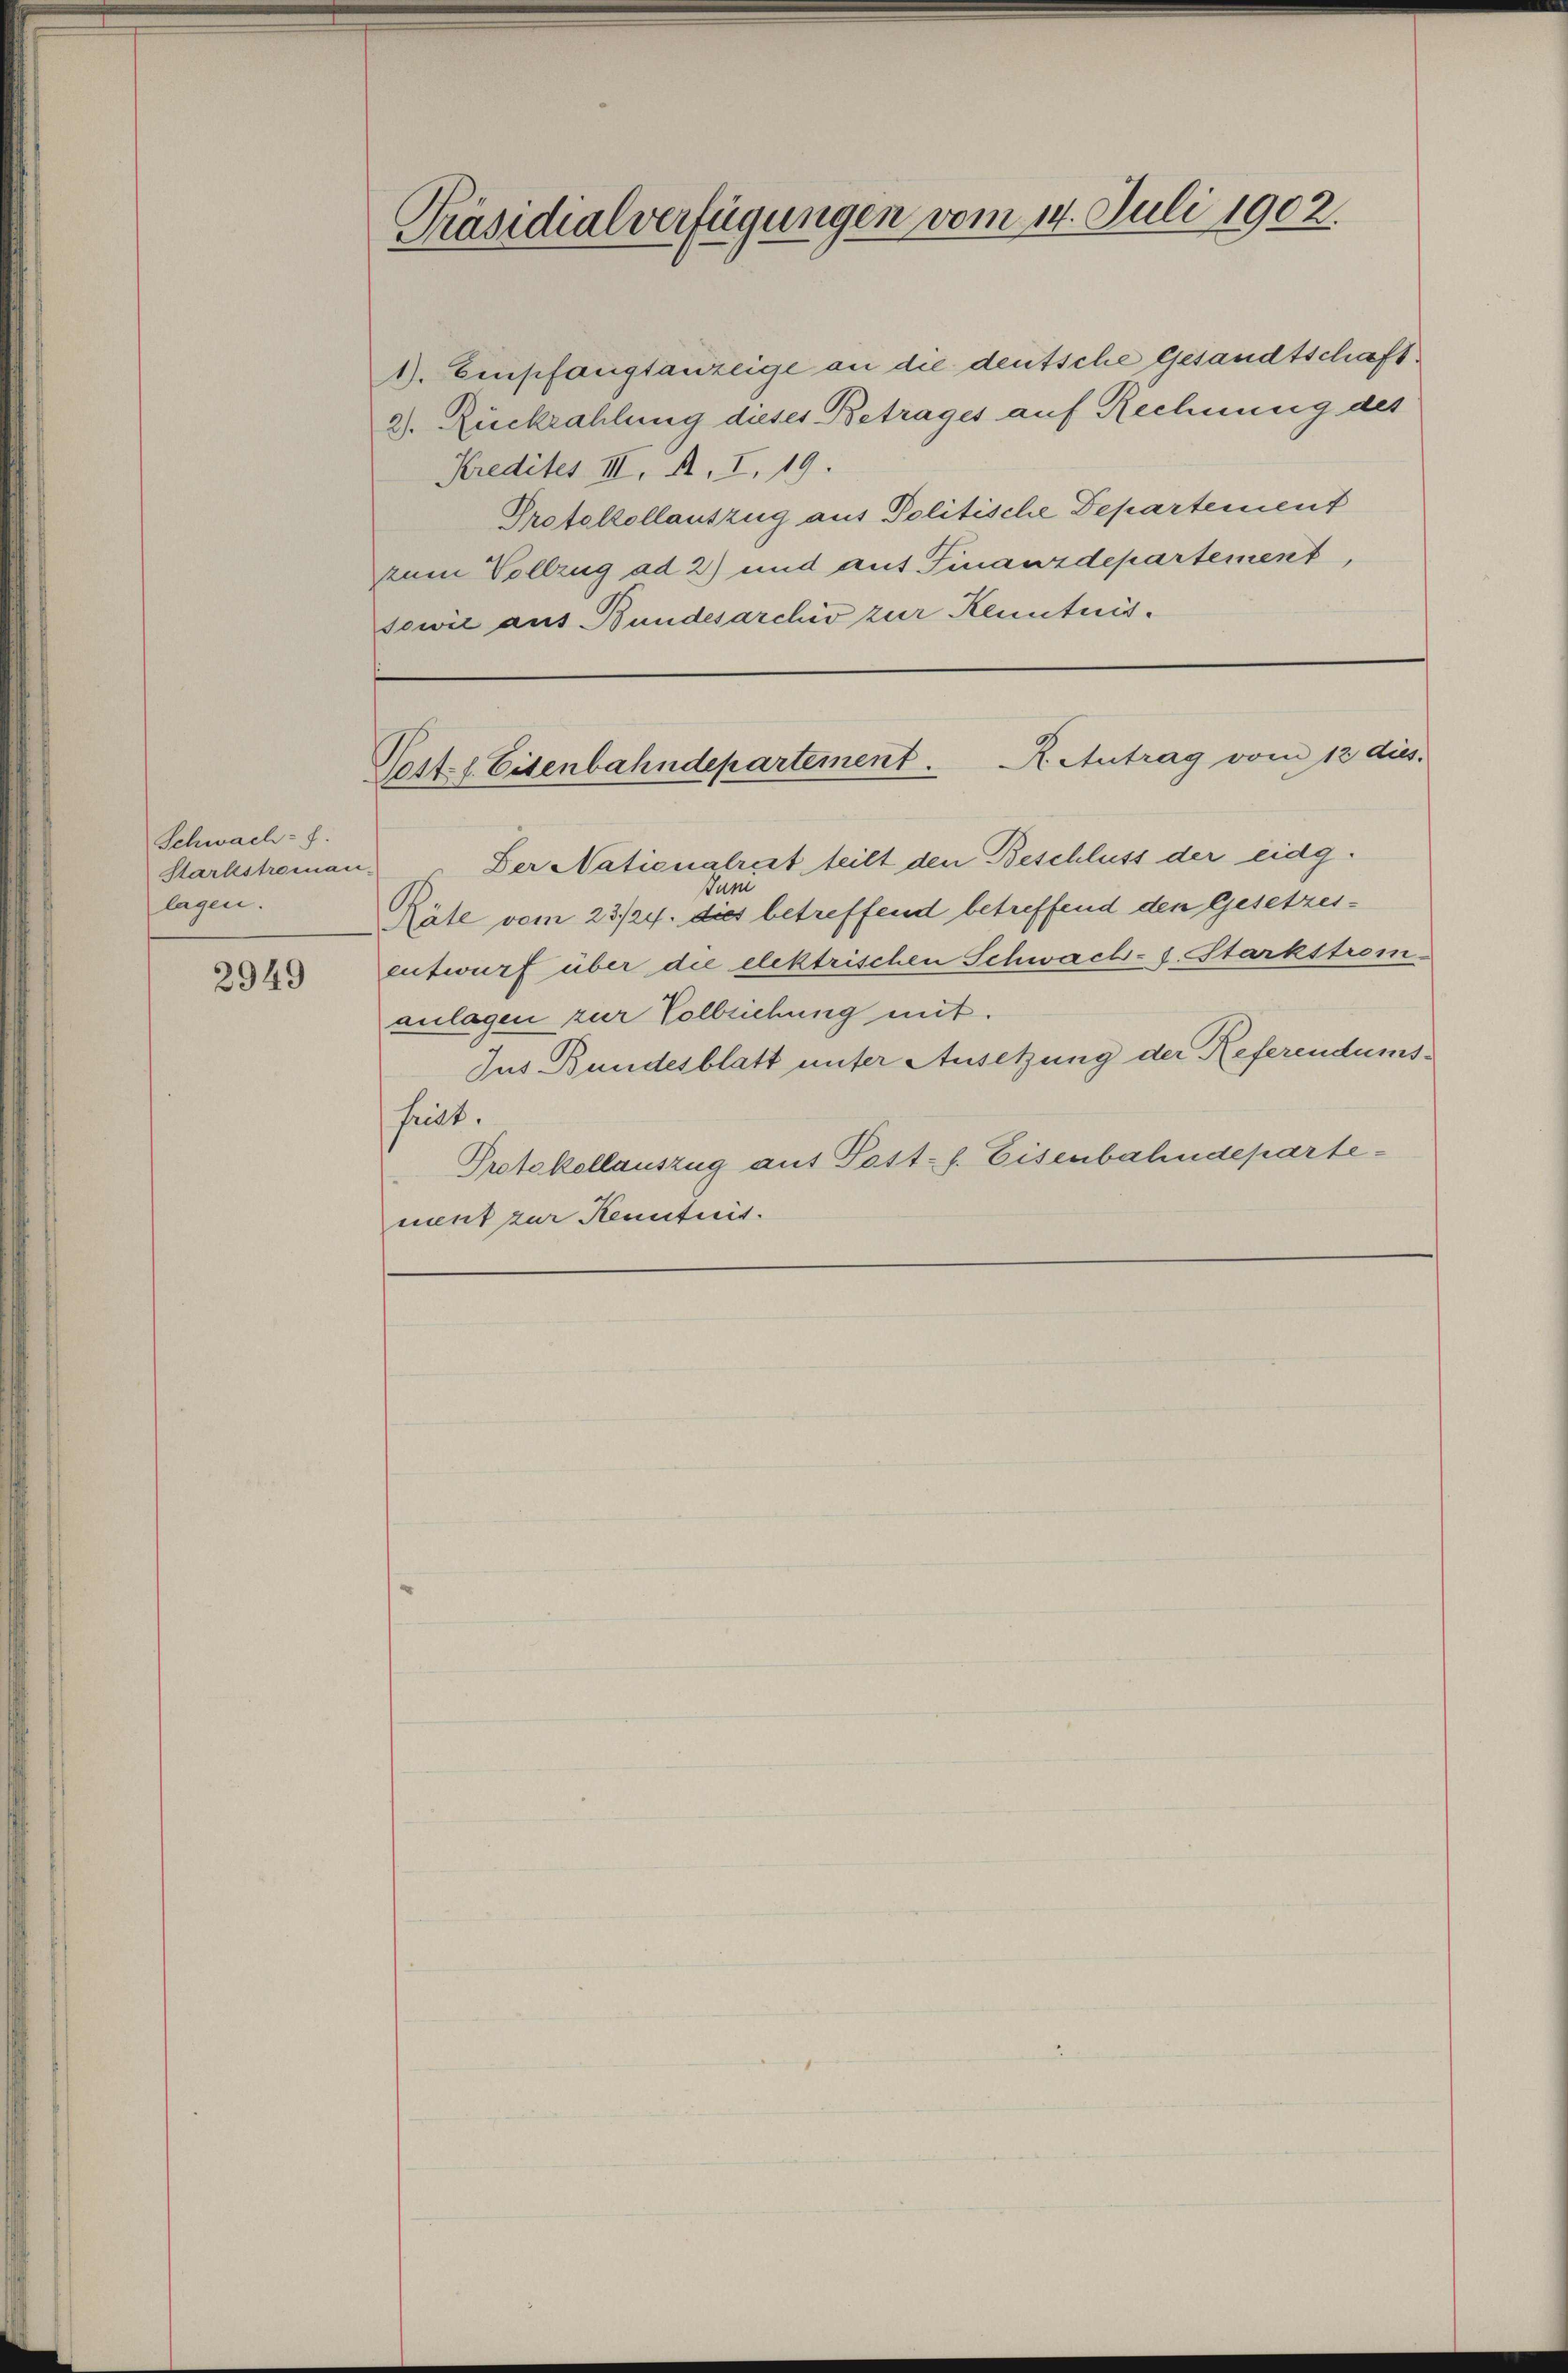
Schwach- f.
Starkstroman
lagen.

2949

Präsidialverfügungen vom 14. Juli 1902.

1). Einpfangsanzeige an die deutsche Gesandtschaft.
2. Rückzahlung dieses Betrages auf Rechnung des
Kredites III. A. I. 19.
Protokollantzug aus Politische Departement
zum Vollzug ad 2) und auf Finanzdepartement,
sowie aus Bundesarchiv zur Kenntnis.

Der Nationalrest teilt den Beschluss der eidg.
Sum
Räte vom 23/24. dies betreffend betreffend den Gesetzesentwurf über die elektrischen Schwach-s. Starkstrom-
zulagen zur Vollziehung mit.
Jus Bundesblatt unter Ansetzung der Referendums-
hält.
Protokollauszug auf Pott-f. Eisenbahndepartement zur Kenntnis.

R. Antrag vom 12. dies
Post l. Eisenbahndepartement.